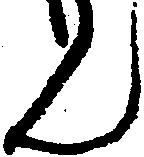
ん